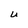
Character: U